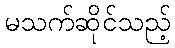
မသက်ဆိုင်သည့်